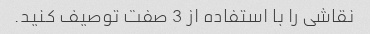
نقاشی را با استفاده از 3 صفت توصیف کنید.